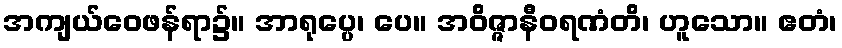
အကျယ်ဝေဖန်ရာ၌။ အာရုပ္ပေ၊ ပေ။ အဝိဇ္ဇာနီဝရဏံတိ၊ ဟူသော။ ဧတံ၊